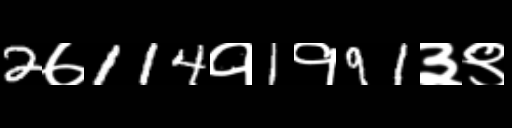
Text: 2७114१1१91३९